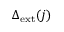
\Delta _ { \mathrm { { e x t } } } ( j )